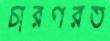
চারণরত